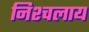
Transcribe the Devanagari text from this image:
निश्चलाय